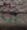
انا